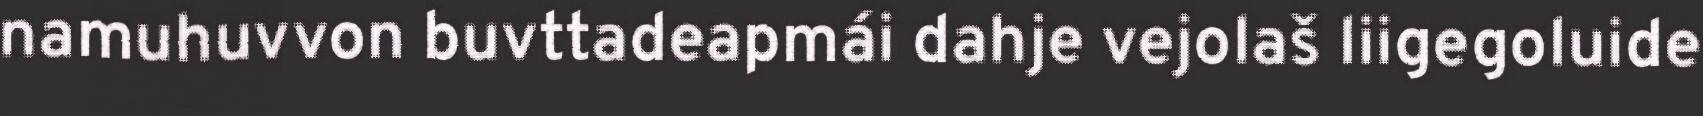
namuhuvvon buvttadeapmái dahje vejolaš liigegoluide